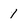
Character: 1